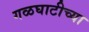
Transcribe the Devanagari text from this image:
गळघाटीच्या